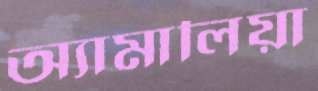
অ্যামালিয়া